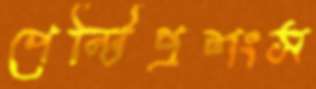
পেন্টিপ্রশংস